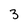
Character: 3